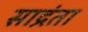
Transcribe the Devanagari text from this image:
साद्रंता